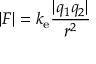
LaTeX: | F | = k _ { \mathrm { e } } { \frac { | q _ { 1 } q _ { 2 } | } { r ^ { 2 } } }